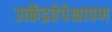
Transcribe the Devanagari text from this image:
उत्केंद्रतेपेक्षापण